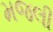
મજલી